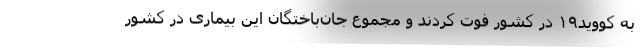
به کووید۱۹ در کشور فوت کردند و مجموع جان‌باختگان این بیماری در کشور